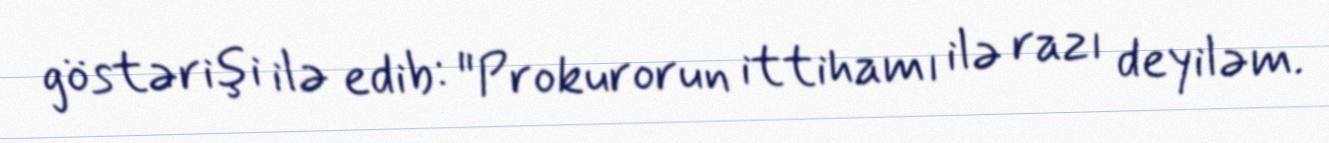
göstərişi ilə edib: "Prokurorun ittihamı ilə razı deyiləm.